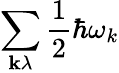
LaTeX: \sum_{\mathbf{k}\lambda}{\frac{1}{2}}\hbar\omega_{k}